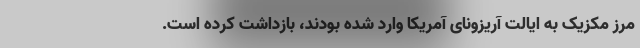
مرز مکزیک به ایالت آریزونای آمریکا وارد شده بودند، بازداشت کرده است.